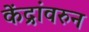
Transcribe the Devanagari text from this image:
केंद्रांवरुन